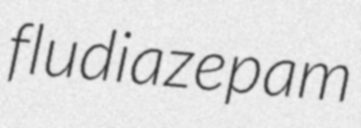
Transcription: fludiazepam